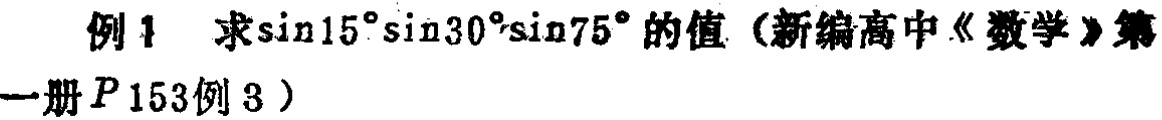
例1 求\(\sin15^{\circ}\sin30^{\circ}\sin75^{\circ}\)的值（新编高中《数学》第一册\(P153\)例3）